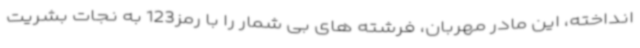
انداخته، این مادر مهربان، فرشته های بی شمار را با رمز123 به نجات بشریت